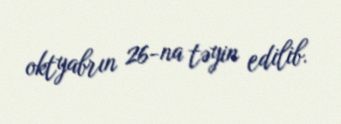
oktyabrın 26-na təyin edilib.